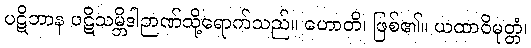
ပဋိဘာန ပဋိသမ္ဘိဒါဉာဏ်သို့ရောက်သည်။ ဟောတိ၊ ဖြစ်၏။ ယထာဝိမုတ္တံ၊